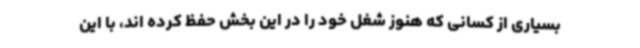
بسیاری از کسانی که هنوز شغل خود را در این بخش حفظ کرده اند، با این